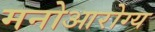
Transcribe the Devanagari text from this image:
मनोआरोग्य